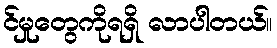
င်မှုတွေကိုရရှိ လာပါတယ်။